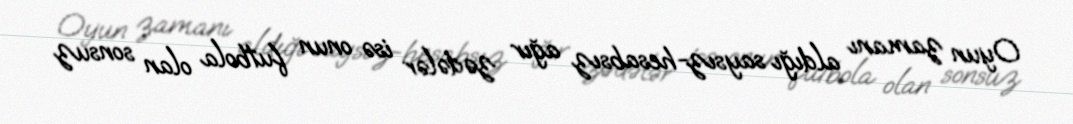
Oyun zamanı aldığı saysız-hesabsız ağır zədələr isə onun futbola olan sonsuz